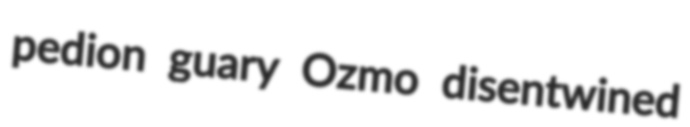
pedion guary Ozmo disentwined